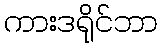
ကားဒရိုင်ဘာ